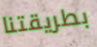
بطريقتنا